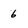
Character: 6